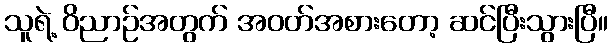
သူရဲ့ ဝိညာဉ်အတွက် အဝတ်အစားတော့ ဆင်ပြီးသွားပြီ။